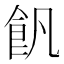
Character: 𩚑